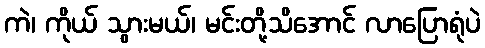
ကဲ၊ ကိုယ် သွားမယ်၊ မင်းတို့သိအောင် လာပြောရုံပဲ